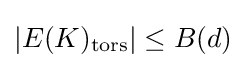
|E(K)_{\text{tors}}|\leq B(d)